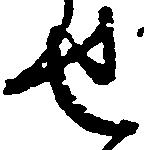
せ